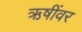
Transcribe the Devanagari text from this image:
ऋषींवर